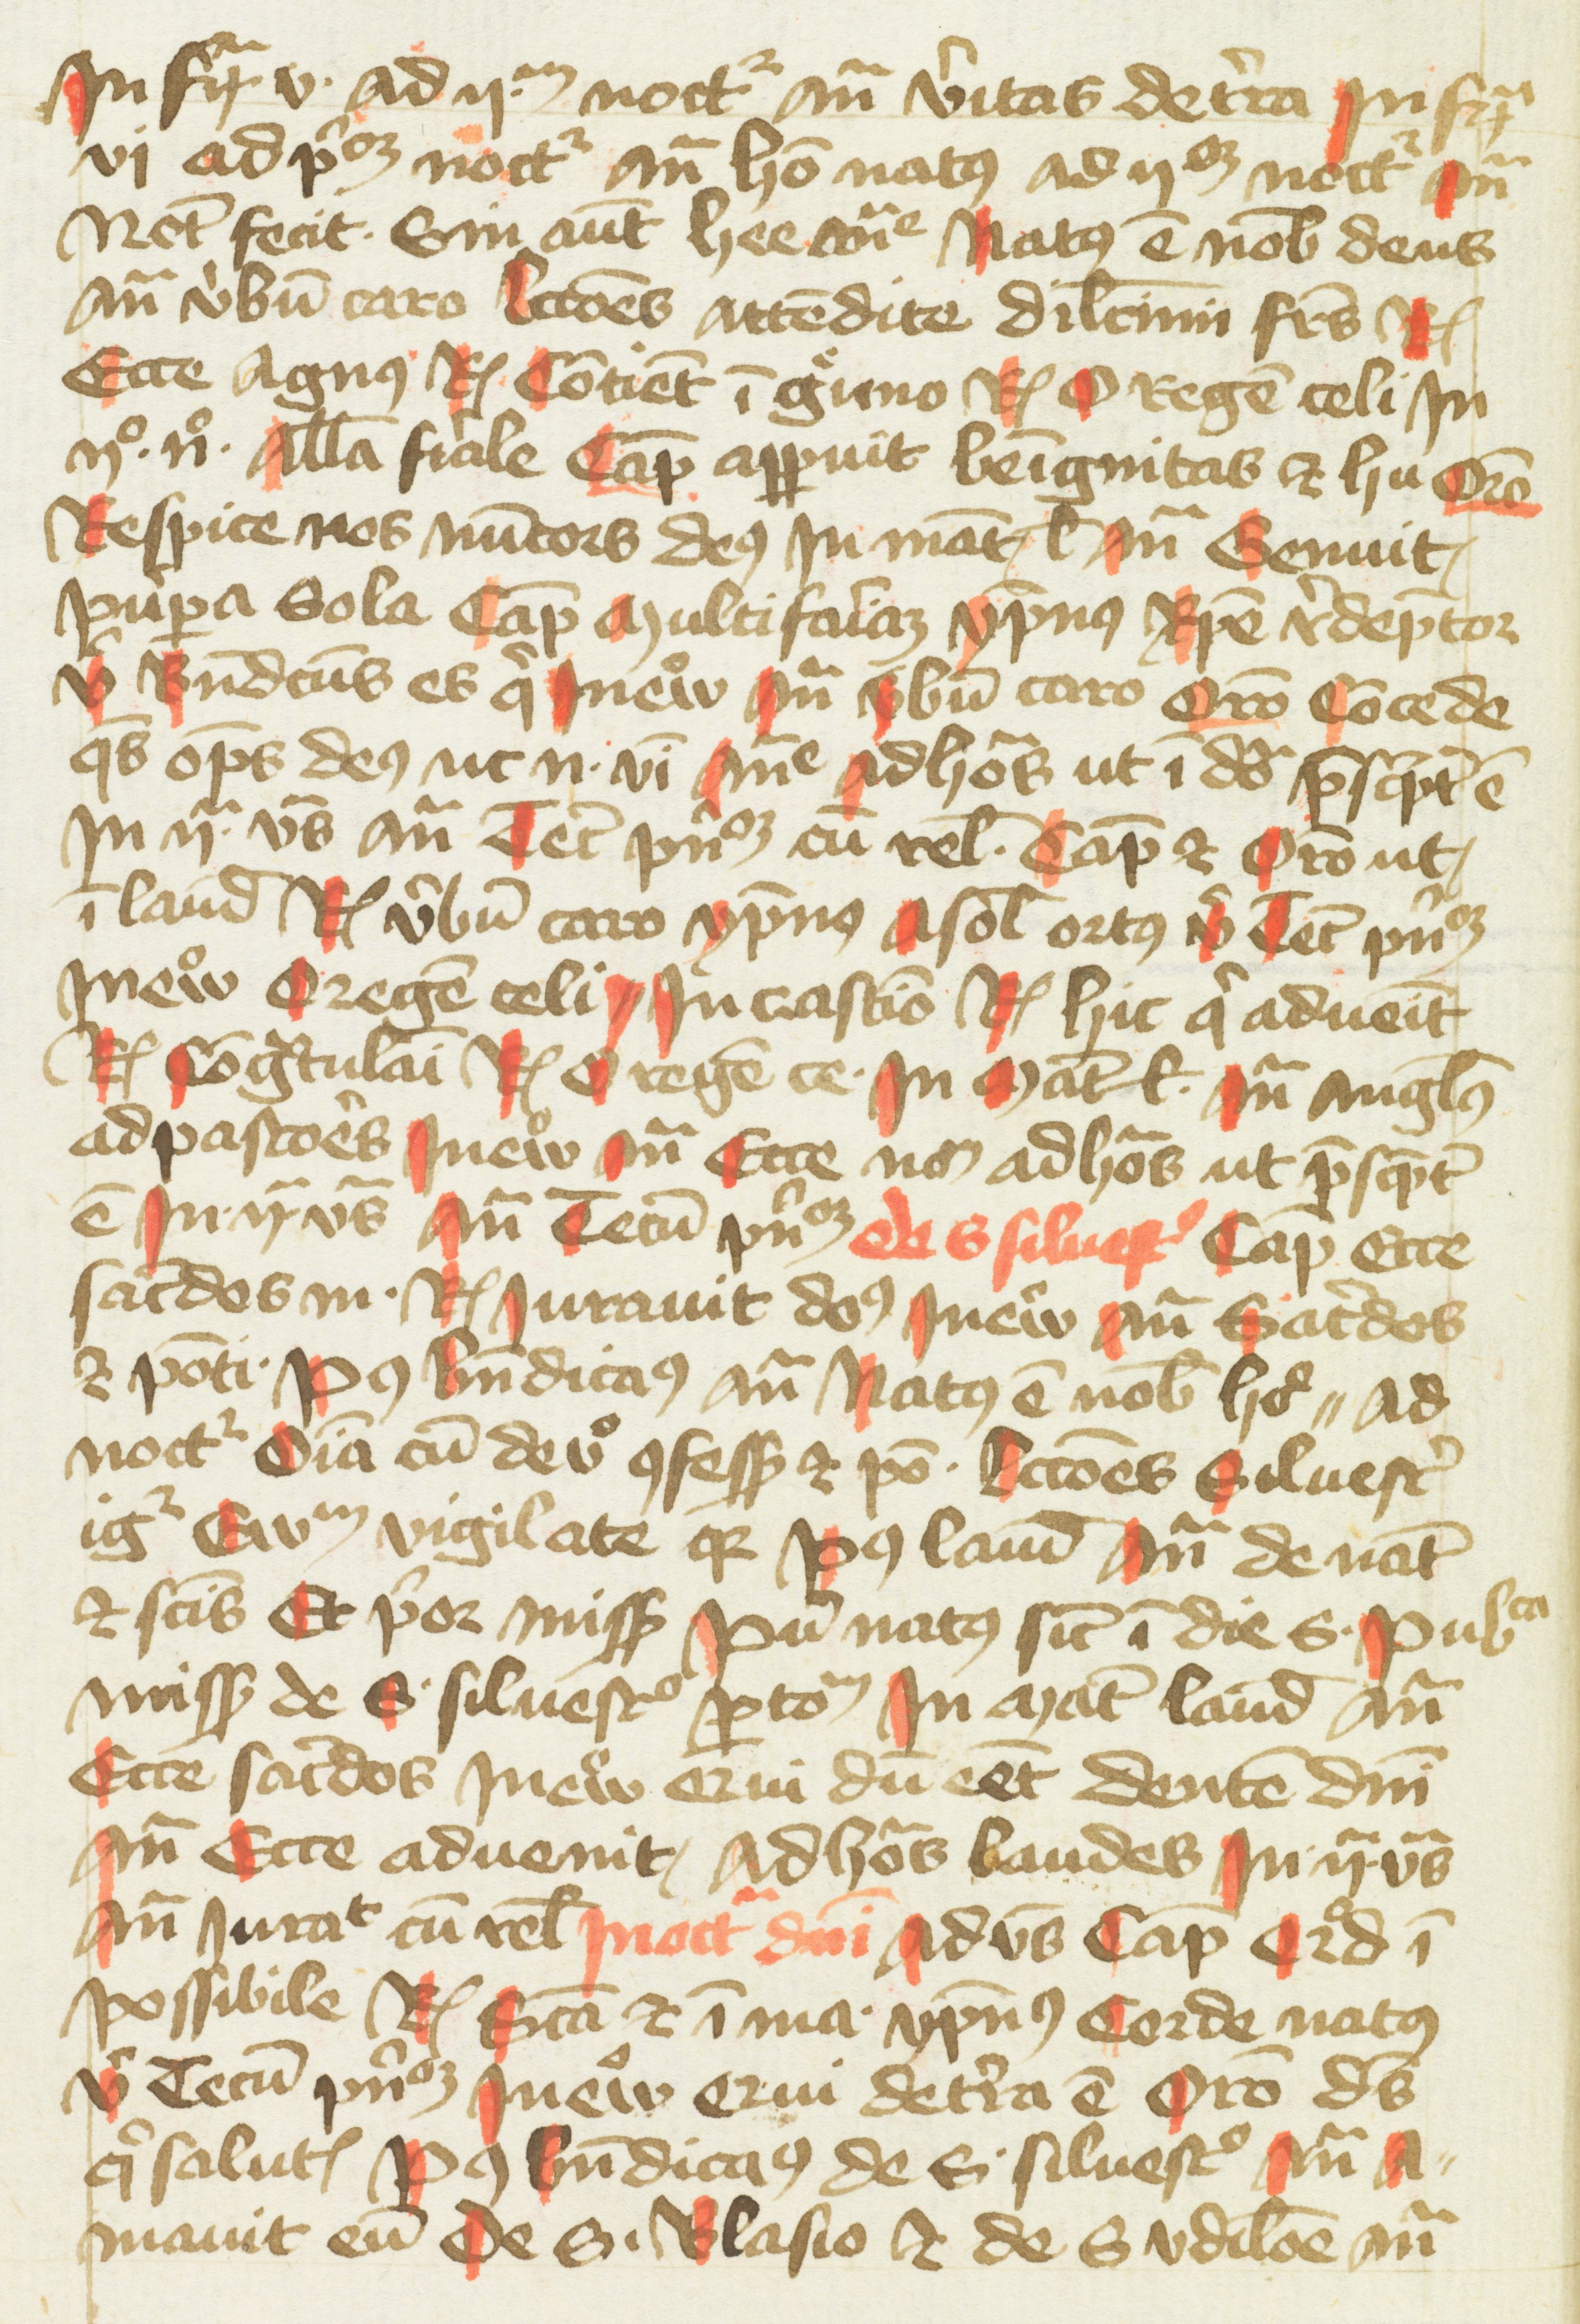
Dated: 1400–1499